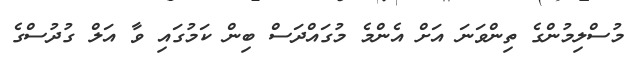
މުސްލިމުންގެ ތިންވަނަ އަށް އެންމެ މުގައްދަސް ބިން ކަމުގައި ވާ އަލް ގުދުސްގެ